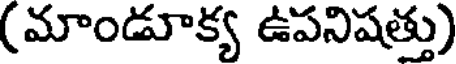
(మాండూక్య ఉపనిషత్తు)